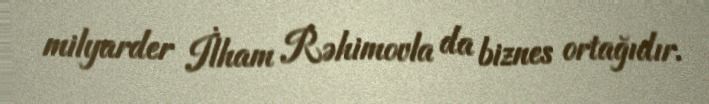
milyarder İlham Rəhimovla da biznes ortağıdır.